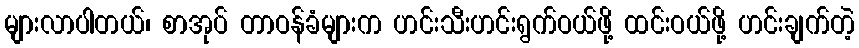
များလာပါတယ်၊ စာအုပ် တာဝန်ခံများက ဟင်းသီးဟင်းရွက်ဝယ်ဖို့ ထင်းဝယ်ဖို့ ဟင်းချက်တဲ့